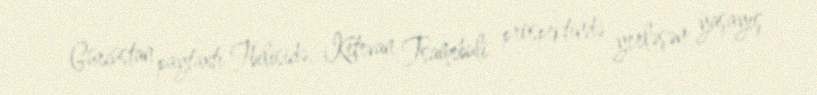
Gürcüstan paytaxtı Tbilisidə, Ketevan Tsamebuli prospektində yerləşən yaşayış